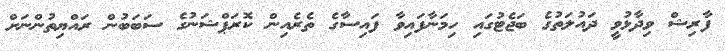
ފާރިޝް ވިދާޅުވީ ދައުލަތުގެ ބަޖެޓުގައި ހިމަނާފައިވާ ފައިސާގެ ތެރެއިން ކޮރަޕްޝަނުގެ ސަބަބުން ރައްޔިތުންނަށް